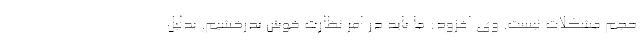
حجم مشکلات نیست. وی افزود: ما باید در امر نظارت خوش بدرخشیم. بدلیل